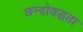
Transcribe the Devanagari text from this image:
छन्दोवद्धता